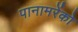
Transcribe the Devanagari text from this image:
पानामरेंको